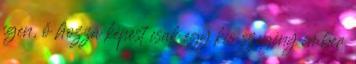
igen, ő hozzá képest csak egy kis szegény ember